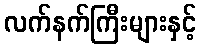
လက်နက်ကြီးများနှင့်